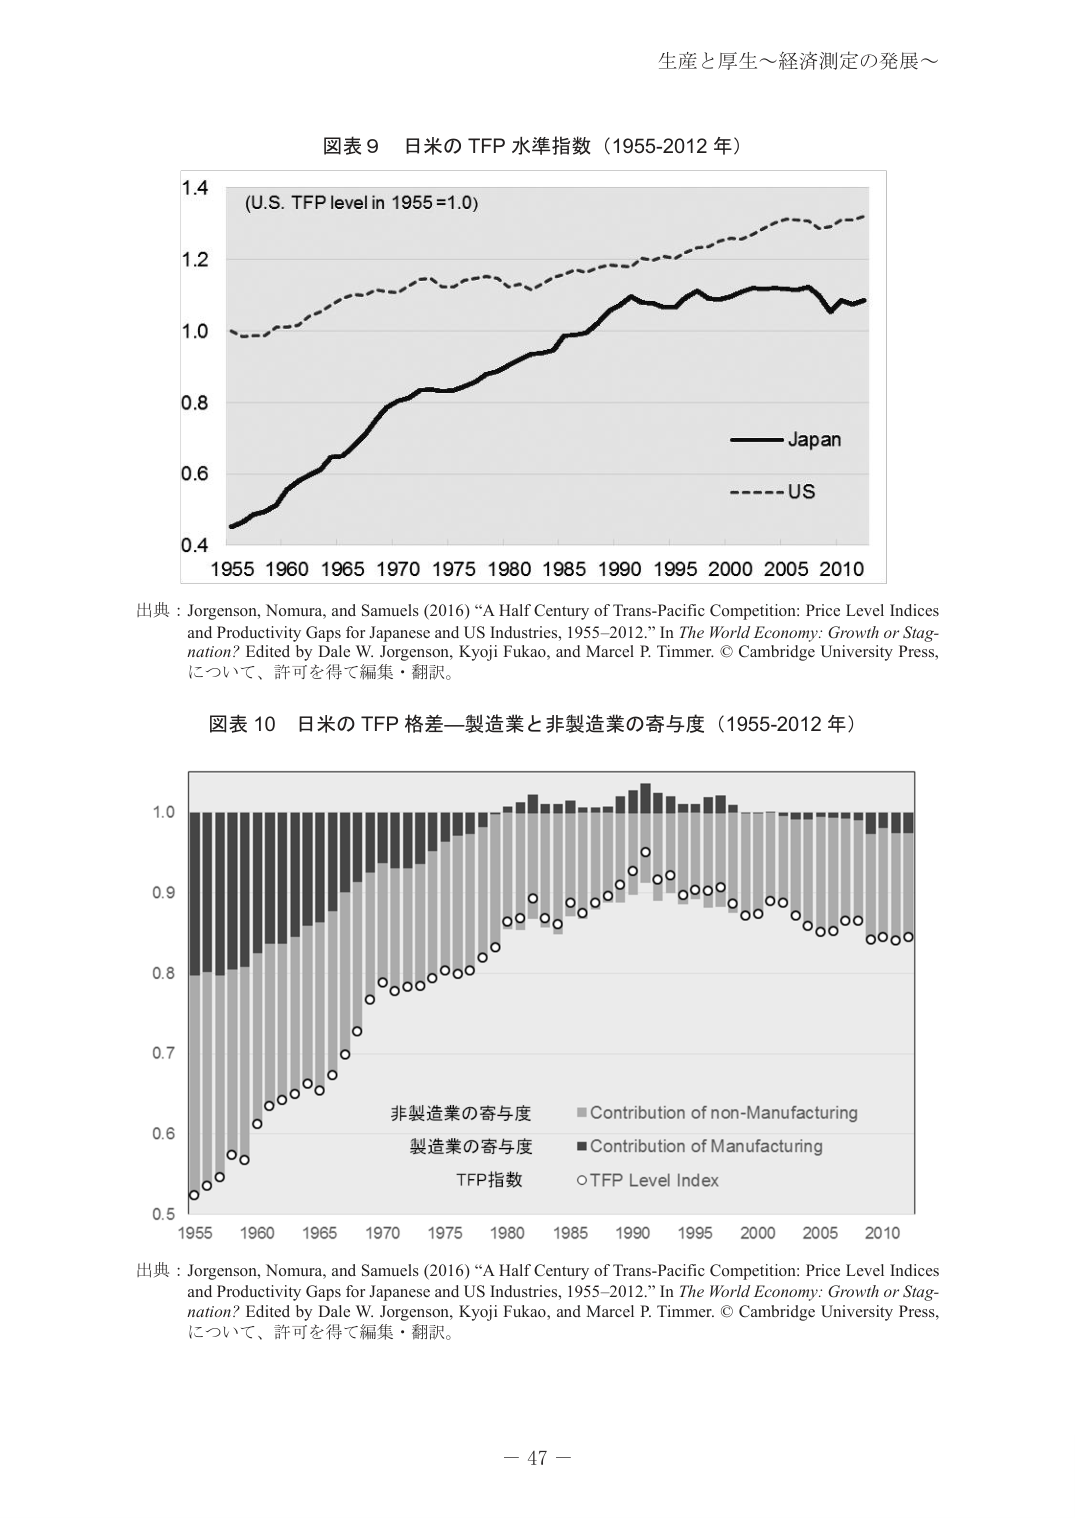
生産と厚生～経済測定の発展～

図表９ 日米の TFP 水準指数（1955-2012 年）

(U.S. TFP level in 1955=1.0)

1.4
1.2
1.0
0.8
0.6
0.4

1955 1960 1965 1970 1975 1980 1985 1990 1995 2000 2005 2010

—— Japan
---- US

出典：Jorgenson, Nomura, and Samuels (2016) “A Half Century of Trans-Pacific Competition: Price Level Indices and Productivity Gaps for Japanese and US Industries, 1955–2012.” In The World Economy: Growth or Stagnation? Edited by Dale W. Jorgenson, Kyoji Fukao, and Marcel P. Timmer. © Cambridge University Press, について、許可を得て編集・翻訳。

図表10 日米の TFP 格差—製造業と非製造業の寄与度（1955-2012 年）

1.0
0.9
0.8
0.7
0.6
0.5

1955 1960 1965 1970 1975 1980 1985 1990 1995 2000 2005 2010

非製造業の寄与度 ■ Contribution of non-Manufacturing
製造業の寄与度 ■ Contribution of Manufacturing
TFP指数 ○ TFP Level Index

出典：Jorgenson, Nomura, and Samuels (2016) “A Half Century of Trans-Pacific Competition: Price Level Indices and Productivity Gaps for Japanese and US Industries, 1955–2012.” In The World Economy: Growth or Stagnation? Edited by Dale W. Jorgenson, Kyoji Fukao, and Marcel P. Timmer. © Cambridge University Press, について、許可を得て編集・翻訳。

－ 47 －